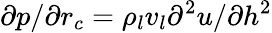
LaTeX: \partial p/\partial{r_{c}}={\rho_{l}}{v_{l}}{\partial^{2}}u/\partial{h^{2}}